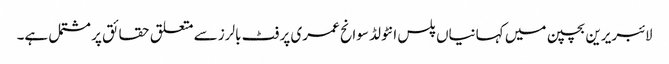
لائبریرین بچپن میں کہانیاں پلس انٹولڈ سوانح عمری پر فٹ بالرز سے متعلق حقائق پر مشتمل ہے۔